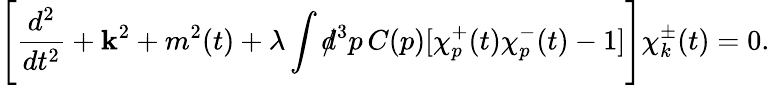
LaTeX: \Biggl[\frac{d^{2}}{dt^{2}}+{\mathbf k}^{2}+m^{2}(t)+\lambda\int d\! \! \! /^{3}p\, C(p)[\chi_{p}^{+}(t)\chi_{p}^{-}(t)-1]\Biggr]\chi_{k}^{\pm}(t)=0.